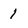
Character: 1